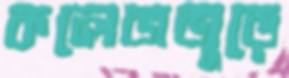
কলেজজুড়ে